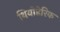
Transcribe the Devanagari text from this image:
थियोडेरिक